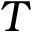
T